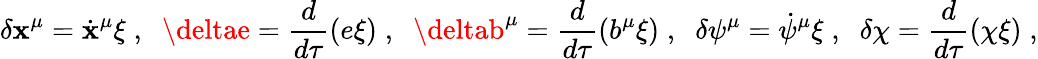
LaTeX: \delta\mathbf{x}^{\mu}={\dot{{\mathbf{x}}}}^{\mu}\xi\; ,\; \; \deltae=\frac{{d}}{{d\tau}}\left(e\xi\right)\; ,\; \; \deltab^{\mu}=\frac{{d}}{{d\tau}}\left(b^{\mu}\xi\right)\; ,\; \; \delta\psi^{\mu}=\dot{{\psi}}^{\mu}\xi\; ,\; \; \delta\chi=\frac{{d}}{{d\tau}}\left(\chi\xi\right)\; ,